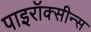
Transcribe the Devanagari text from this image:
पाइरॉक्सीन्स